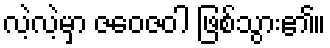
လဲ့လဲ့မှာ ဇဝေဇဝါ ဖြစ်သွား၏။